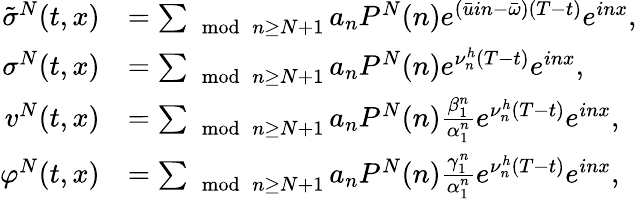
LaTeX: \begin{array}{rl}{\tilde{\sigma}^{N}(t,x)}&{=\sum_{\mod{n}\geq N+1}a_{n}P^{N}(n)e^{(\bar{u}in-\bar{\omega})(T-t)}e^{inx},}\\ {\sigma^{N}(t,x)}&{=\sum_{\mod{n}\geq N+1}a_{n}P^{N}(n)e^{\nu_{n}^{h}(T-t)}e^{inx},}\\ {v^{N}(t,x)}&{=\sum_{\mod{n}\geq N+1}a_{n}P^{N}(n)\frac{\beta_{1}^{n}}{\alpha_{1}^{n}}e^{\nu_{n}^{h}(T-t)}e^{inx},}\\ {\varphi^{N}(t,x)}&{=\sum_{\mod{n}\geq N+1}a_{n}P^{N}(n)\frac{\gamma_{1}^{n}}{\alpha_{1}^{n}}e^{\nu_{n}^{h}(T-t)}e^{inx},}\end{array}